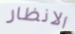
الانظار